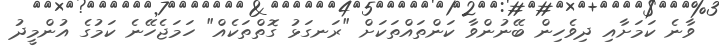
ވާނެ ކަމަށާއި ދިވެހިން ބޭނުންވާ ކަންތައްތަކަށް "ރަނގަޅު ގޮތްތަކެއް" ހަމަޖެހޭނެ ކަމުގެ އުންމީދު